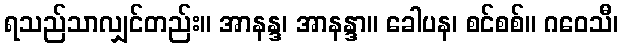
ရသည်သာလျှင်တည်း။ အာနန္ဒ၊ အာနန္ဒာ။ ခေါပန၊ စင်စစ်။ ဂဝေသီ၊